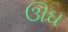
ઊઘ